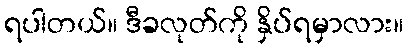
ရပါတယ်။ ဒီခလုတ်ကို နှိပ်ရမှာလား။